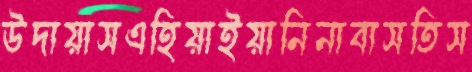
উদায়াসএহিয়াইয়ানিনাবাসতিস